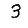
Digit: 3